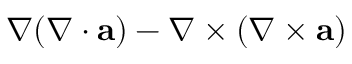
\nabla ( \nabla \cdot { \mathbf a } ) - \nabla \times ( \nabla \times { \mathbf a } )